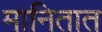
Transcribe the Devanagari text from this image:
मानितात